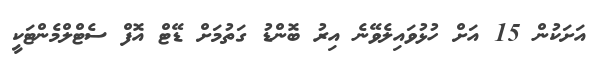
އަށަކުން 15 އަށް ހުޅުވައިލެވޭނެ އިރު ބޮންޑު ގަތުމަށް ޑޭޓް އޮފް ސެޓްލްމެންޓަކީ